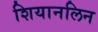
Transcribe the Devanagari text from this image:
शियानलिन